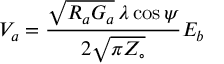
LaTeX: V _ { a } = { \frac { { \sqrt { R _ { a } G _ { a } } } \, \lambda \cos \psi } { 2 { \sqrt { \pi Z _ { \circ } } } } } E _ { b }